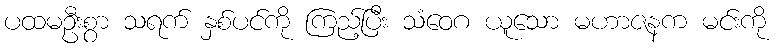
ပထမဦးစွာ သရက် နှစ်ပင်ကို ကြည့်ပြီး သံဝေဂ ယူသော မဟာဇနက မင်းကို